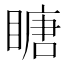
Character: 瞊